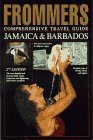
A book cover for Frommer's Comprehensive Travel Guide: Jamaica & Barbados (2nd ed); Darwin Porter; Travel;